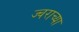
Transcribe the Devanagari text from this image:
ज्वराच्या